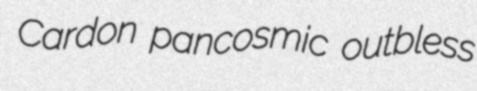
Cardon pancosmic outbless